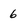
Character: 6